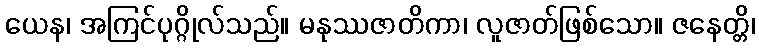
ယေန၊ အကြင်ပုဂ္ဂိုလ်သည်။ မနုဿဇာတိကာ၊ လူဇာတ်ဖြစ်သော။ ဇနေတ္တိ၊